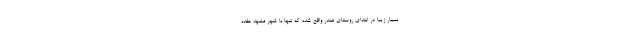
بسیار زیبا در ابتدای روستای نغندر واقع شده که تنها با شهر مشهد هفده